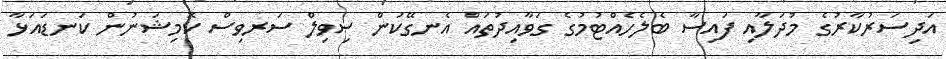
އަދިސަރުކާރުގެ މުދަލާއި ފައިސާ ބެލެހެއްޓުމުގެ ގަވާއިދުތައް އެނގޭކަން ސިވިލް ސަރވިސް ކޮމިޝަނުން ކަނޑައަޅާ